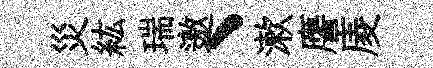
災紘瑞邀、漱譍庱